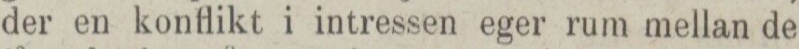
der en konflikt i intressen eger rum mellan de